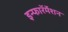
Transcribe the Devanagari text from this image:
इन्फाॅरर्मेशन